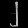
Digit: ၂